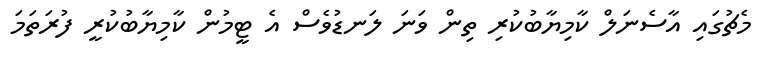
މެޗުގައި އާސެނަލް ކާމިޔާބުކުރި ތިން ވަނަ ލަނޑުވެސް އެ ޓީމުން ކާމިޔާބުކުރީ ފުރަތަމަ